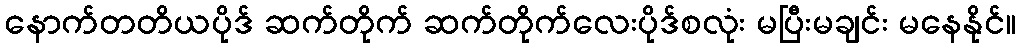
နောက်တတိယပိုဒ် ဆက်တိုက် ဆက်တိုက်လေးပိုဒ်စလုံး မပြီးမချင်း မနေနိုင်။